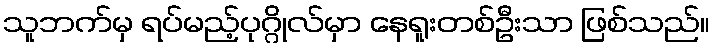
သူဘက်မှ ရပ်မည့်ပုဂ္ဂိုလ်မှာ နေရူးတစ်ဦးသာ ဖြစ်သည်။